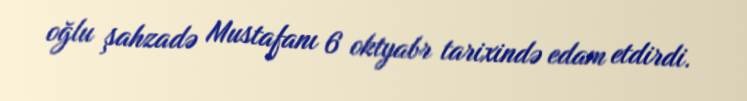
oğlu şahzadə Mustafanı 6 oktyabr tarixində edam etdirdi.